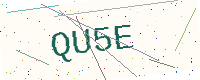
Text: QU5E